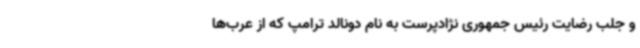
و جلب رضایت رئیس جمهوری نژادپرست به نام دونالد ترامپ که از عرب‌ها